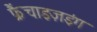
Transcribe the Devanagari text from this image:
फ्रैंचाइज़इंग